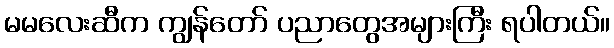
မမလေးဆီက ကျွန်တော် ပညာတွေအများကြီး ရပါတယ်။